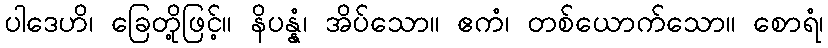
ပါဒေဟိ၊ ခြေတို့ဖြင့်။ နိပန္နံ၊ အိပ်သော။ ဧကံ၊ တစ်ယောက်သော။ စောရံ၊